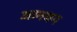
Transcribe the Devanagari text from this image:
जानथन